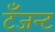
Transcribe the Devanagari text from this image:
टँजन्ट